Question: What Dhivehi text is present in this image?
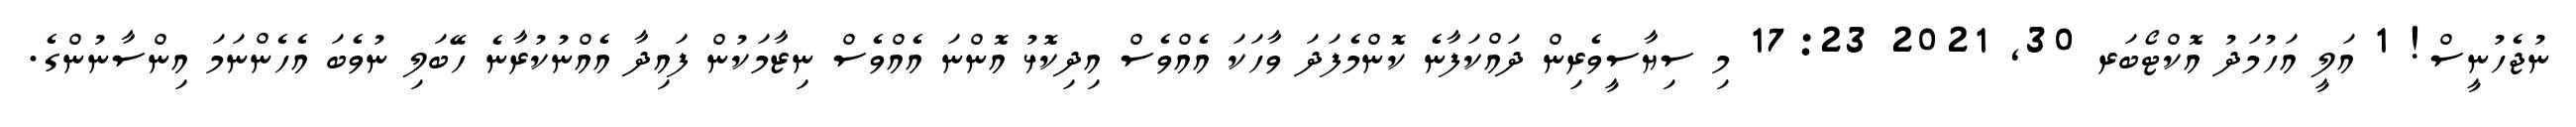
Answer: ނުޖެހުނީސް! 1 އަލީ އަހުމަދު އޮކްޓޯބަރ 30, 2021 17:23 މި ސިޔާސީވެރިން ދައްކަފާނެ ކޮންމެފަދަ ވާހަކަ އެއްވެސް އިދިކޮޅު އޮންނަ އެއްވެސް ނިޒާމަކުން ފައިދާ އެއްނުކުރާނެ ހޭބަލި ނުވެބަ އެހެންނަމަ އިންސާނުންގެ.